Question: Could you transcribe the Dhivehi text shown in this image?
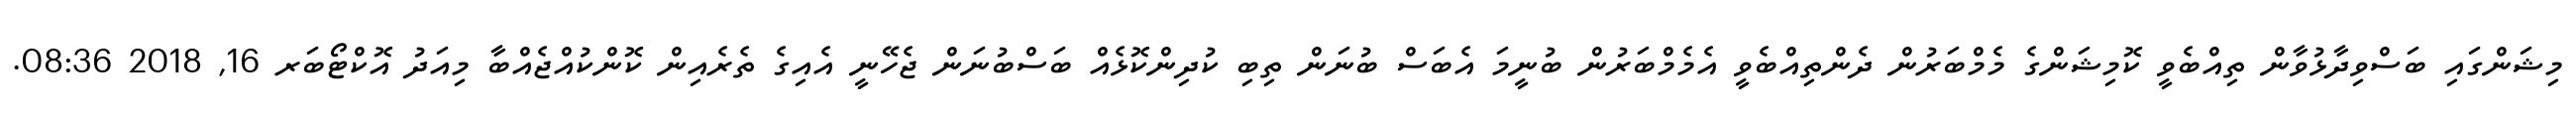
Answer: މިޝަންގައި ބަސްވިދާޅުވާން ތިއްބެވީ ކޮމިޝަންގެ މެމްބަރުން ދެންތިއްބެވީ އެމެމްބަރުން ބުނީމަ އެބަސް ބުނަން ތިބި ކުދިންކޮޅެއް ބަސްބުނަން ޖެހޭނީ އެއިގެ ތެރެއިން ކޮންކުއްޖެއްބާ މިއަދު އޮކްޓޯބަރ 16, 2018 08:36.